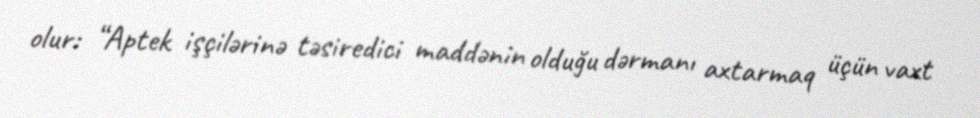
olur: “Aptek işçilərinə təsiredici maddənin olduğu dərmanı axtarmaq üçün vaxt